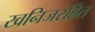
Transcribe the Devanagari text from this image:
खनिजरहित